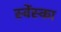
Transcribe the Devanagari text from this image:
स्वेंस्का